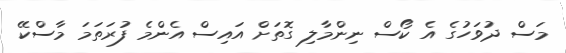
މަސް ދުވަހުގެ އެ ކޯސް ނިންމާލި ގޮތަށް އައިސް އެންމެ ފުރަތަމަ މާސްކޭ